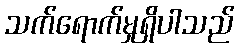
သက်ရောက်မှုရှိပါသည်